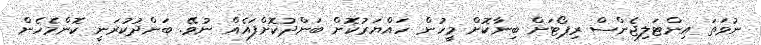
ނުވަތަ އިންޓަލިޖެންސް ރިޕޯޓަށް ބިނާކޮށް މީހުން ހައްޔަރުކޮށް ބަންދުކޮށްފައެއް ނުވޭ. ބަންދުކުރަނީ ކޮންމެހެން